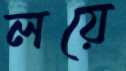
লয়ে